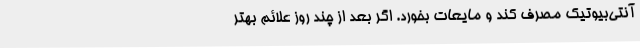
آنتی‌بیوتیک مصرف کند و مایعات بخورد. اگر بعد از چند روز علائم بهتر